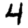
Digit: 4